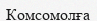
Комсомолға